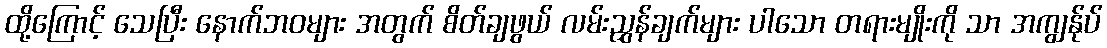
ထို့ကြောင့် သေပြီး နောက်ဘဝများ အတွက် စိတ်ချဖွယ် လမ်းညွှန်ချက်များ ပါသော တရားမျိုးကို သာ အကျွန်ုပ်